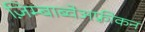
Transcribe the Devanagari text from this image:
ज़िम्बाब्वेअफ़्रीकन